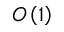
O \left( 1 \right)